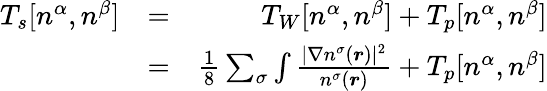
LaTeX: \begin{array}{rlr}{T_{s}[n^{\alpha},n^{\beta}]}&{=}&{T_{W}[n^{\alpha},n^{\beta}]+T_{p}[n^{\alpha},n^{\beta}]}\\ &{=}&{\frac{1}{8}\sum_{\sigma}\int\frac{|\nabla n^{\sigma}(\boldsymbol{r})|^{2}}{n^{\sigma}(\boldsymbol{r})}+T_{p}[n^{\alpha},n^{\beta}]}\end{array}